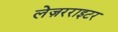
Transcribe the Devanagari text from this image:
लेज़रराइटर